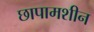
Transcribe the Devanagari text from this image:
छापामशीन